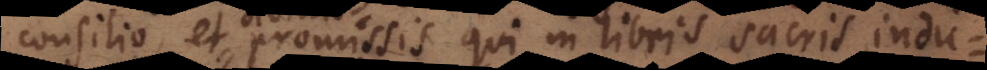
consilio, et promissis [quae] in libris sacris indu